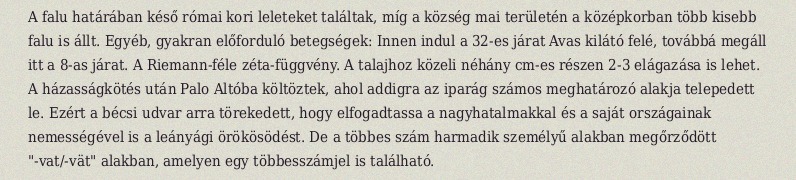
A falu határában késő római kori leleteket találtak, míg a község mai területén a középkorban több kisebb falu is állt. Egyéb, gyakran előforduló betegségek: Innen indul a 32-es járat Avas kilátó felé, továbbá megáll itt a 8-as járat. A Riemann-féle zéta-függvény. A talajhoz közeli néhány cm-es részen 2-3 elágazása is lehet. A házasságkötés után Palo Altóba költöztek, ahol addigra az iparág számos meghatározó alakja telepedett le. Ezért a bécsi udvar arra törekedett, hogy elfogad­tassa a nagyhatalmakkal és a saját országainak nemességével is a leányági örökösödést. De a többes szám harmadik személyű alakban megőrződött "-vat/-vät" alakban, amelyen egy többesszámjel is található.